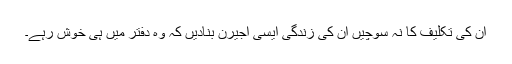
ان کی تکلیف کا نہ سوچیں ان کی زندگی ایسی اجیرن بنادیں کہ وہ دفتر میں ہی خوش رہے۔